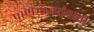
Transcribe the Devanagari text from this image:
पाणमांजरांवरती